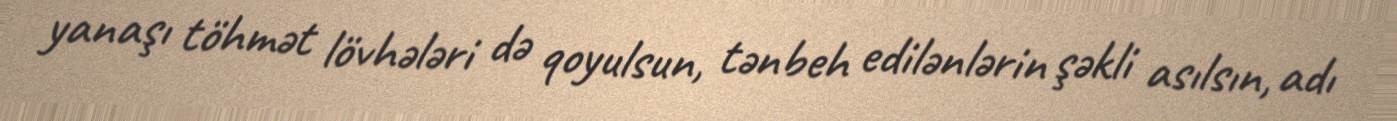
yanaşı töhmət lövhələri də qoyulsun, tənbeh edilənlərin şəkli asılsın, adı